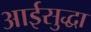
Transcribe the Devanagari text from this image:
आईसुद्धा